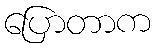
ပြောတာက